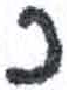
אות: כ